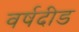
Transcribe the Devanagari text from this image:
वर्षदीड